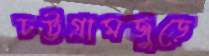
চট্টগ্রামজুড়ে